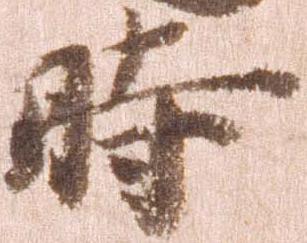
時